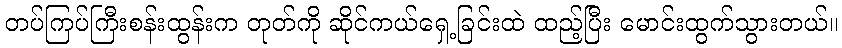
တပ်ကြပ်ကြီးစန်းထွန်းက တုတ်ကို ဆိုင်ကယ်ရှေ့ခြင်းထဲ ထည့်ပြီး မောင်းထွက်သွားတယ်။